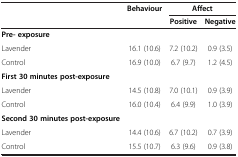
<table><thead><tr><td><b> </b></td><td><b>Behaviour</b></td><td colspan="2"><b>Affect</b></td></tr><tr><td><b> </b></td><td><b> </b></td><td><b>Positive</b></td><td><b>Negative</b></td></tr></thead><tbody><tr><td><b>Pre- exposure</b></td><td> </td><td> </td><td> </td></tr><tr><td>Lavender</td><td>16.1 (10.6)</td><td>7.2 (10.2)</td><td>0.9 (3.5)</td></tr><tr><td>Control</td><td>16.9 (10.0)</td><td>6.7 (9.7)</td><td>1.2 (4.5)</td></tr><tr><td><b>First 30 minutes post-exposure</b></td><td> </td><td> </td><td> </td></tr><tr><td>Lavender</td><td>14.5 (10.8)</td><td>7.0 (10.1)</td><td>0.9 (3.9)</td></tr><tr><td>Control</td><td>16.0 (10.4)</td><td>6.4 (9.9)</td><td>1.0 (3.9)</td></tr><tr><td><b>Second 30 minutes post-exposure</b></td><td> </td><td> </td><td> </td></tr><tr><td>Lavender</td><td>14.4 (10.6)</td><td>6.7 (10.2)</td><td>0.7 (3.9)</td></tr><tr><td>Control</td><td>15.5 (10.7)</td><td>6.3 (9.6)</td><td>0.9 (3.8)</td></tr></tbody></table>